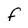
Character: f